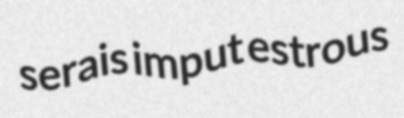
serais imput estrous